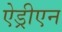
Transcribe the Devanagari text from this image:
ऐड्रीएन